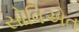
સોવિએત